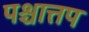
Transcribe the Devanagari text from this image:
पश्चात्तप